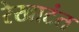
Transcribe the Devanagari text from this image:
रेखाटंत